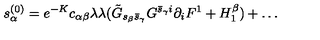
s _ { \alpha } ^ { ( 0 ) } = e ^ { - K } c _ { \alpha \beta } \lambda \lambda ( \tilde { G } _ { s _ { \beta } \bar { s } _ { \gamma } } G ^ { \bar { s } _ { \gamma } i } \partial _ { i } F ^ { 1 } + H _ { 1 } ^ { \beta } ) + \dots